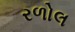
રળોલ